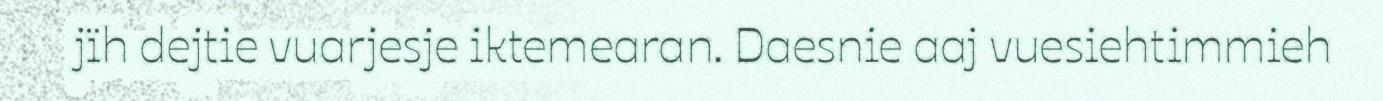
jïh dejtie vuarjesje iktemearan. Daesnie aaj vuesiehtimmieh